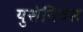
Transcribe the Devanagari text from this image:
युसेनिक्स